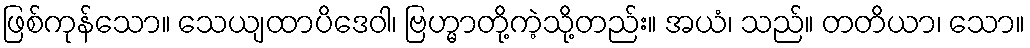
ဖြစ်ကုန်သော။ သေယျထာပိဒေဝါ၊ ဗြဟ္မာတို့ကဲ့သို့တည်း။ အယံ၊ သည်။ တတိယာ၊ သော။